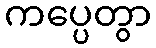
ကပ္ပေတွာ